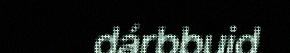
dárbbuid